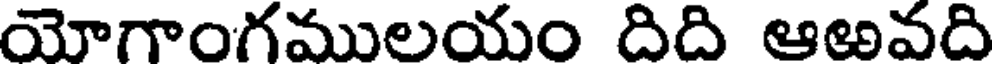
యోగాంగములయం దిది ఆఱవది